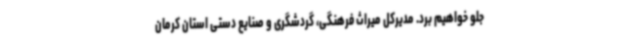
جلو خواهیم برد. مدیرکل میراث فرهنگی، گردشگری و صنایع دستی استان کرمان